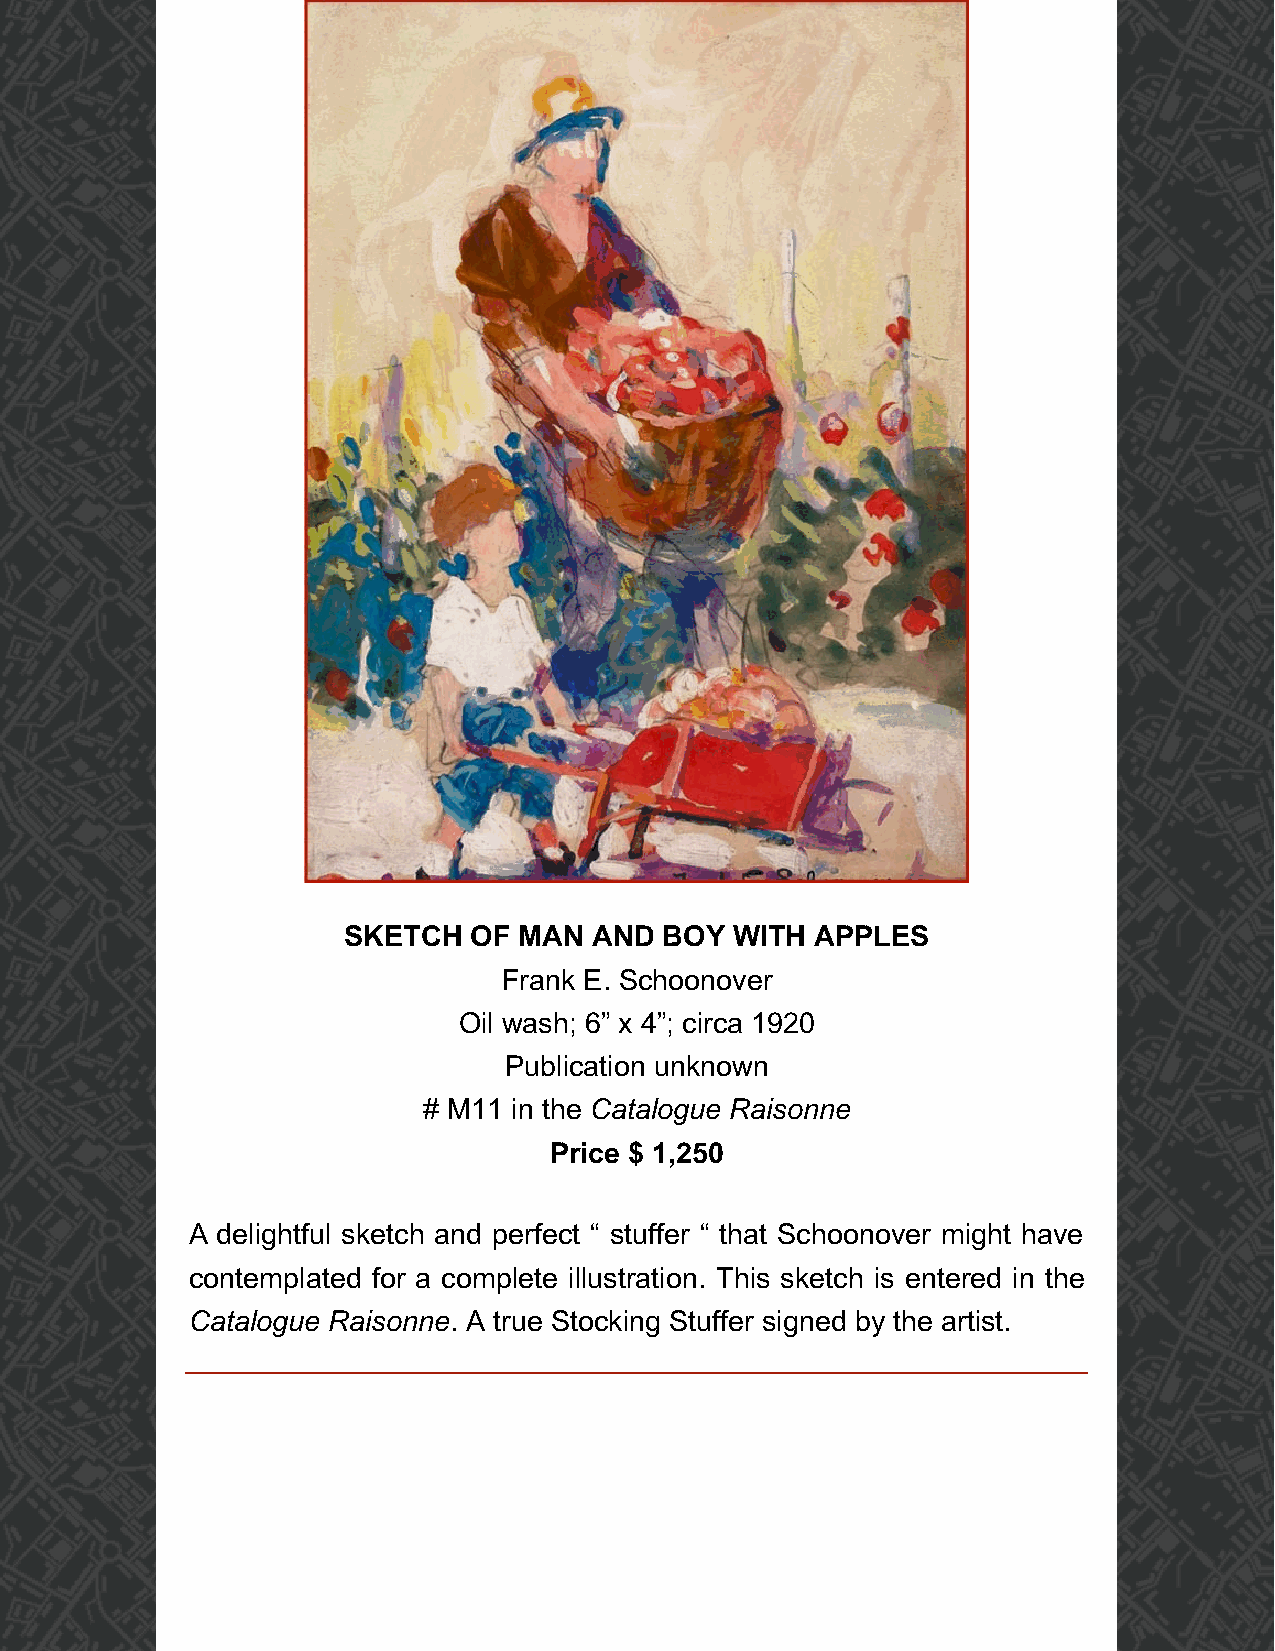
SKETCH  OF MAN  AND  BOY  WITH APPLES
 Frank E. Schoonover
 Oil wash; 6” x 4”; circa 1920
 Publication unknown
 # M11 in the Catalogue Raisonne
 Price $ 1,250
 A delightful sketch and perfect “ stuffer “ that Schoonover might have
 contemplated for a complete illustration. This sketch is entered in the
 Catalogue Raisonne. A true Stocking Stuffer signed by the artist.